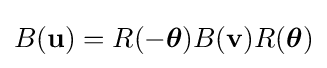
B(\mathbf {u} )=R(-{\boldsymbol {\theta }})B(\mathbf {v} )R({\boldsymbol {\theta }})